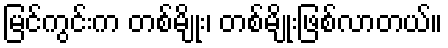
မြင်ကွင်းက တစ်မျိုး၊ တစ်မျိုးဖြစ်လာတယ်။